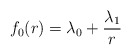
\begin{align*}f_0(r)=\lambda_0+{\lambda_1\over r}\end{align*}